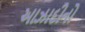
આઝાદીનો